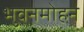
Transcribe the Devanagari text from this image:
भुवनमोहन